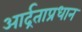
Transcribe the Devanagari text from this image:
आर्द्रताप्रधान